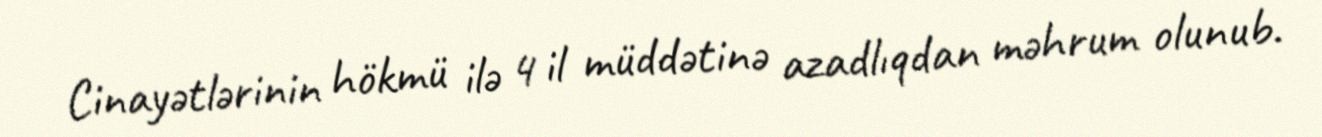
Cinayətlərinin hökmü ilə 4 il müddətinə azadlıqdan məhrum olunub.